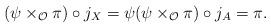
LaTeX: \begin{align*}(\psi\times_\mathcal{O} \pi) \circ j_X=\psi (\psi\times_\mathcal{O} \pi) \circ j_A=\pi.\end{align*}